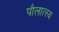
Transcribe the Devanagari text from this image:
पौलात्स्य